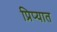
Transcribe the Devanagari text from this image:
प्रिप्यात